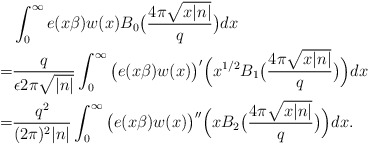
\begin{align*}&\int_0^{\infty}e(x\beta)w(x)B_0\big(\frac{4\pi\sqrt{x|n|}}{q}\big)dx\\=&\frac{q}{\epsilon2\pi\sqrt{|n|}}\int_0^\infty\big(e(x\beta)w(x)\big)'\Big(x^{1/2}B_1\big(\frac{4\pi\sqrt{x|n|}}{q}\big)\Big)dx\\=&\frac{q^2}{(2\pi)^2|n|}\int_0^\infty\big(e(x\beta)w(x)\big)''\Big(xB_2\big(\frac{4\pi\sqrt{x|n|}}{q}\big)\Big)dx.\end{align*}